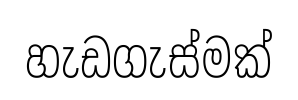
හැඩගැස්මක්